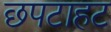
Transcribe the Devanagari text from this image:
छपटाहट